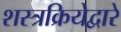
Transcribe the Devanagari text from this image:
शस्त्रक्रियेद्वारे